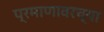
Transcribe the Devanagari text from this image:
प्रमाणावरच्या